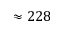
\approx 2 2 8